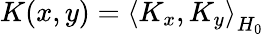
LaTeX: K(x,y)=\left\langle K_{x},K_{y}\right\rangle_{H_{0}}